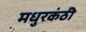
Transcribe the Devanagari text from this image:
मधुरकंठी